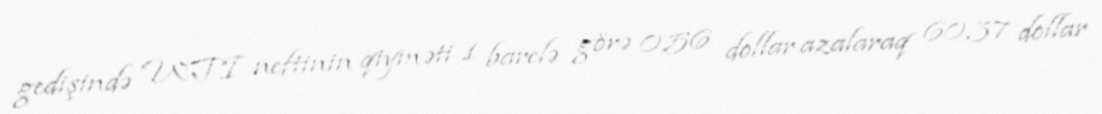
gedişində WTI neftinin qiyməti 1 barelə görə 0,56 dollar azalaraq 60,37 dollar